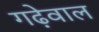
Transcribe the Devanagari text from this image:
गढ़ेवाल